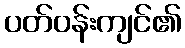
ပတ်ဝန်းကျင်၏